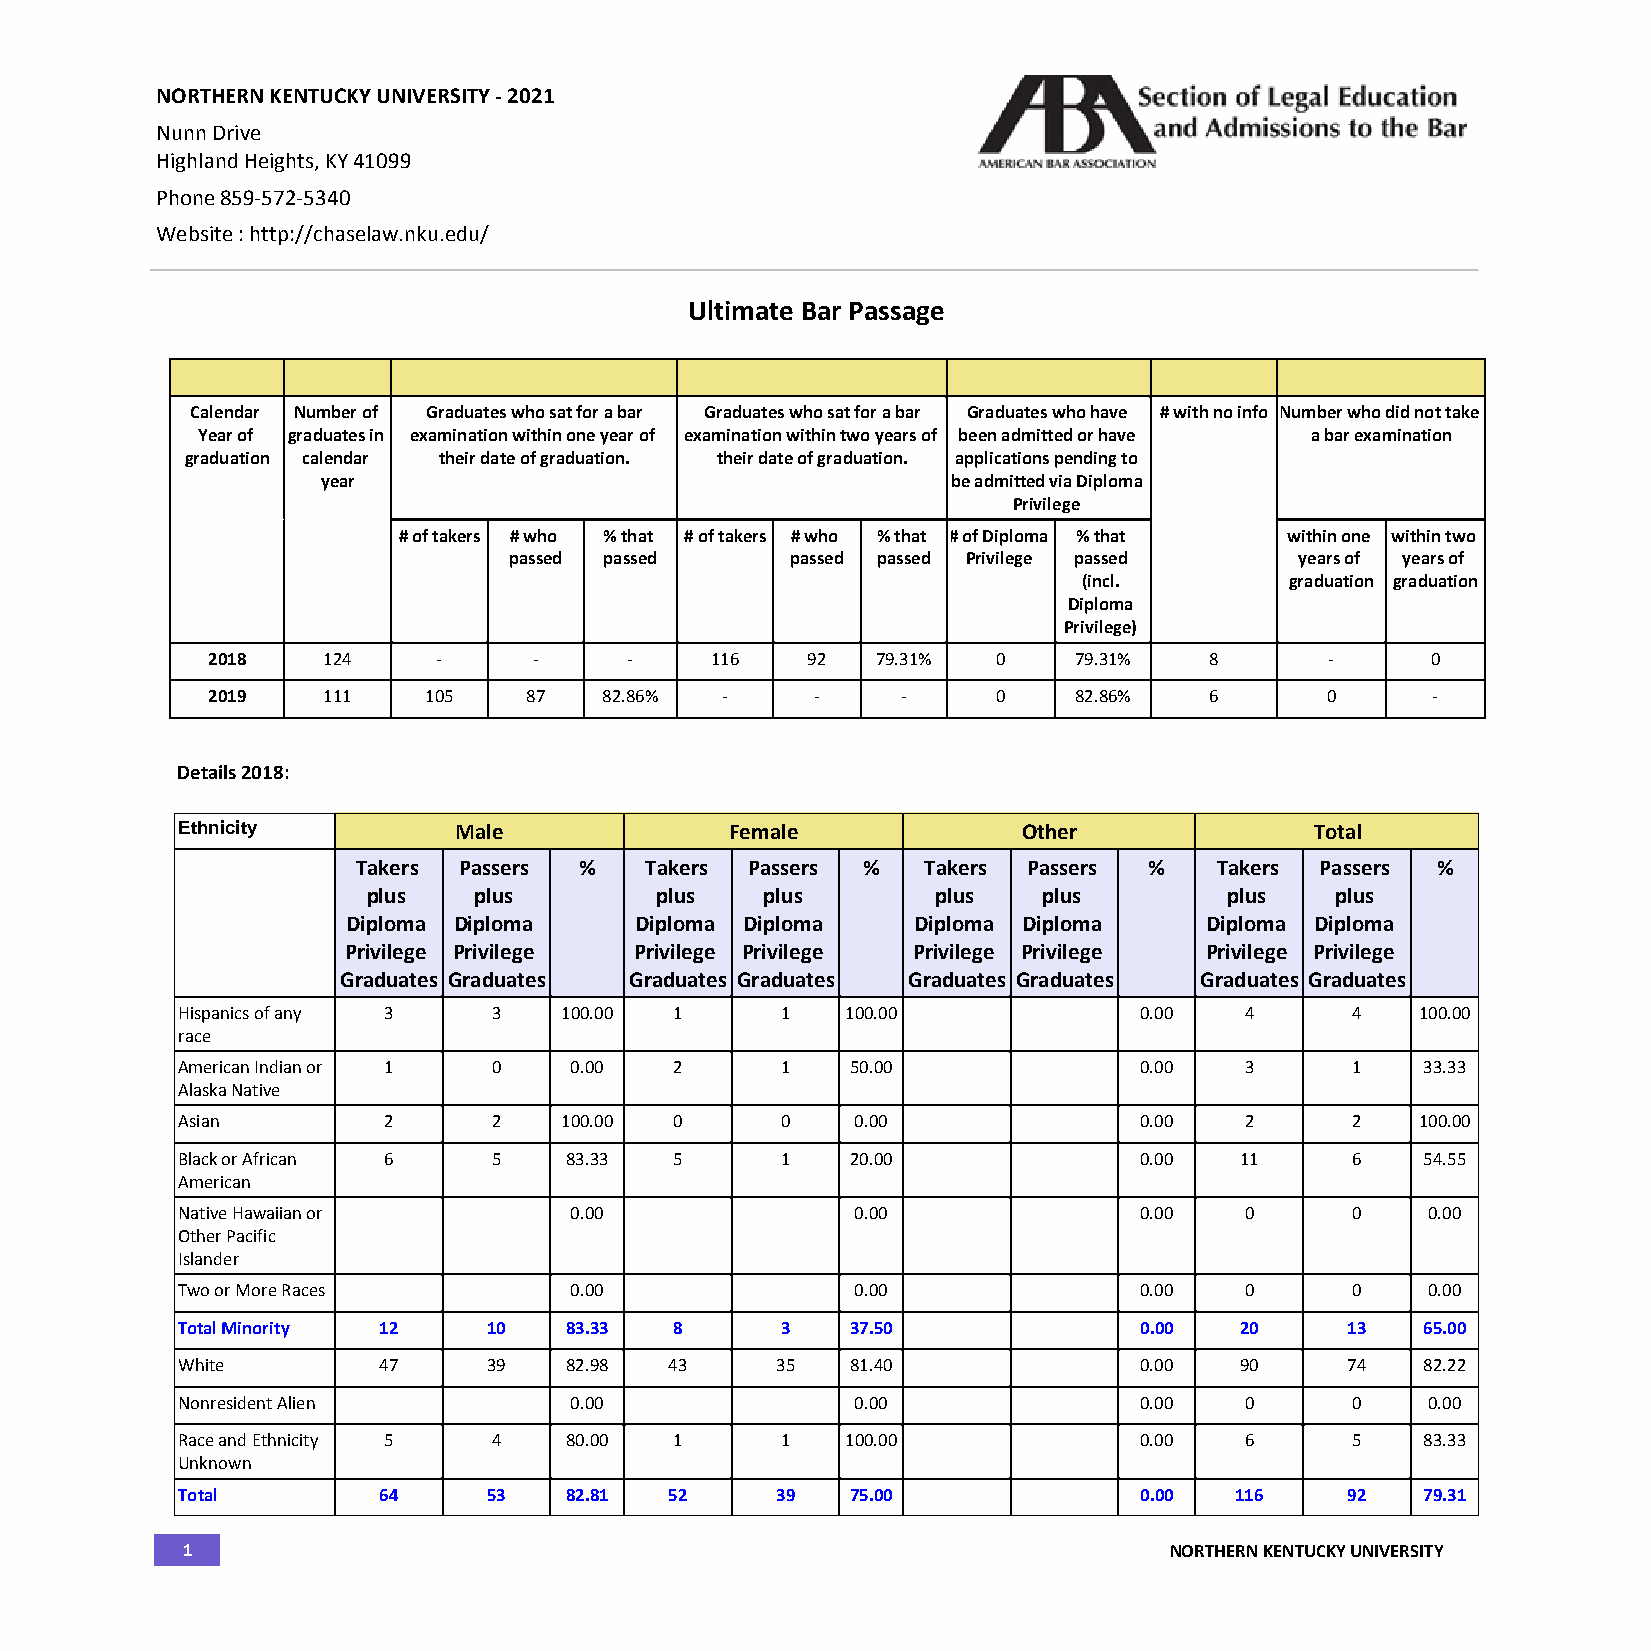
NORTHERN KENTUCKY UNIVERSITY - 2021
 Nunn Drive
 Highland Heights, KY 41099
 Phone 859-572-5340
 Website : http://chaselaw.nku.edu/
 Ultimate Bar Passage
 Calendar Number of Graduates who sat for a bar Graduates who sat for a bar Graduates who have # with no info Number who did not take
 Year of graduates in examination within one year of examination within two years of been admitted or have a bar examination
 graduation calendar their date of graduation. their date of graduation. applications pending to
 year                                      be admitted via Diploma
 Privilege
 # of takers # who % that # of takers # who % that # of Diploma % that within one within two
 passed passed     passed passed Privilege passed    years of years of
 (incl.       graduation graduation
 Diploma
 Privilege)
 2018   124     -     -      -    116   92   79.31%  0    79.31%   8       -      0
 2019   111    105    87   82.86%  -     -     -     0    82.86%   6       0      -
 Details 2018:
 Ethnicity         Male              Female              Other              Total
 Takers Passers %   Takers Passers %  Takers Passers %    Takers Passers %
 plus   plus        plus    plus       plus   plus        plus   plus
 Diploma Diploma    Diploma Diploma   Diploma Diploma     Diploma Diploma
 Privilege Privilege Privilege Privilege Privilege Privilege Privilege Privilege
 Graduates Graduates Graduates Graduates Graduates Graduates Graduates Graduates
 Hispanics of any 3   3   100.00  1      1   100.00             0.00   4      4    100.00
 race
 American Indian or 1 0    0.00   2      1   50.00              0.00   3      1    33.33
 Alaska Native
 Asian        2       2   100.00  0      0    0.00              0.00   2      2    100.00
 Black or African 6   5   83.33   5      1   20.00              0.00   11     6    54.55
 American
 Native Hawaiian or        0.00               0.00              0.00   0      0    0.00
 Other Pacific
 Islander
 Two or More Races         0.00               0.00              0.00   0      0    0.00
 Total Minority 12   10   83.33   8      3   37.50              0.00   20     13   65.00
 White        47     39   82.98  43     35   81.40              0.00   90     74   82.22
 Nonresident Alien         0.00               0.00              0.00   0      0    0.00
 Race and Ethnicity 5 4   80.00   1      1   100.00             0.00   6      5    83.33
 Unknown
 Total        64     53   82.81  52     39   75.00              0.00   116    92   79.31
 1                                                                NORTHERN KENTUCKY UNIVERSITY